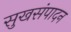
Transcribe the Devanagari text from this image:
सुखसंपादन